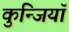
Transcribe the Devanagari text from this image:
कुन्जियाॅ